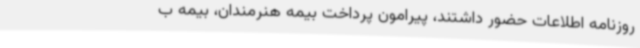
روزنامه اطلاعات حضور داشتند، پیرامون پرداخت بیمه هنرمندان، بیمه ب